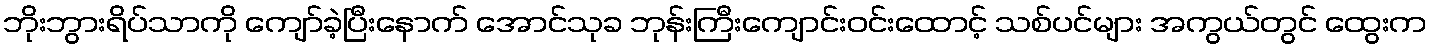
ဘိုးဘွားရိပ်သာကို ကျော်ခဲ့ပြီးနောက် အောင်သုခ ဘုန်းကြီးကျောင်းဝင်းထောင့် သစ်ပင်များ အကွယ်တွင် ထွေးက